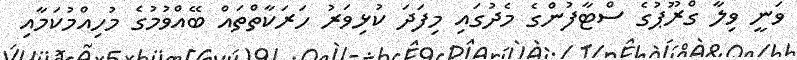
ވަނީ ވިލާ ގްރޫޕުގެ ސްޓާފުންގެ މެދުގައި މިފަދަ ކުޅިވަރު ހަރަކާތްތައް ބޭއްވުމުގެ މުހިއްމުކަމާއި